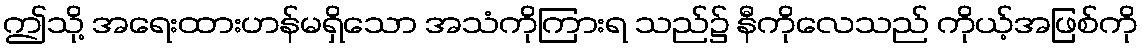
ဤသို့ အရေးထားဟန်မရှိသော အသံကိုကြားရ သည်၌ နီကိုလေသည် ကိုယ့်အဖြစ်ကို